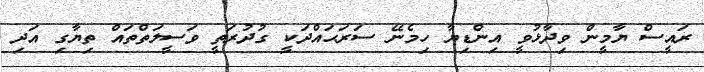
ރައީސް ޔާމީން ވިދާޅުވީ އިންޑިޔާ ހިމެނޭ ސަރަޙައްދަކީ ގުދުރަތީ ވަސީލަތްތައް ތިޔާގި އަދި